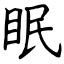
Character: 眠